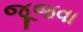
જૂજવા